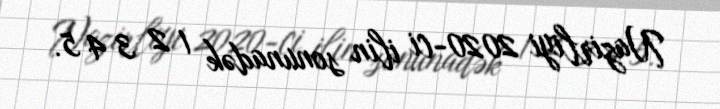
Nazirliyi 2020-ci ilin sonunadək 1 2 3 4 5.